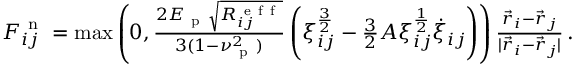
\begin{array} { r } { \boldsymbol { F } _ { i j } ^ { \mathrm { ~ n ~ } } = \operatorname* { m a x } \left( 0 , \frac { 2 E _ { \mathrm { ~ p ~ } } \sqrt { R _ { i j } ^ { \mathrm { ~ e ~ f ~ f ~ } } } } { 3 ( 1 - \nu _ { \mathrm { ~ p ~ } } ^ { 2 } ) } \left( \xi _ { i j } ^ { \frac { 3 } { 2 } } - \frac { 3 } { 2 } A \xi _ { i j } ^ { \frac { 1 } { 2 } } \dot { \xi } _ { i j } \right) \right) \frac { \vec { r } _ { i } - \vec { r } _ { j } } { | \vec { r } _ { i } - \vec { r } _ { j } | } \, . } \end{array}